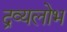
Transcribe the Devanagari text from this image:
द्रव्यलोभ